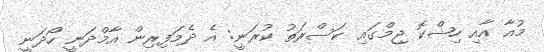
މުއާ އާއި ހިޝްކޮ ޖިމްގައި ކަސްރަތު ކުރަނީ: އެ ދެމަފިރިން އާމްދަނީ ހޯދަނީ